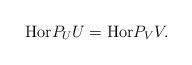
LaTeX: \begin{align*} {\rm{Hor}}P_UU = {\rm{Hor}}P_VV. \end{align*}